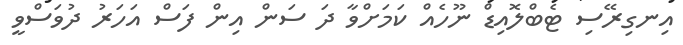
އިނގިރޭސި ޓެބްލޮއިޑް ނޫހެއް ކަމަށްވާ ދަ ސަން އިން ފަސް އަހަރު ދުވަސްވީ